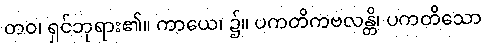
တဝ၊ ရှင်ဘုရား၏။ ကာယေ၊ ၌။ ပကတိကဗလန္တိ၊ ပကတိသော